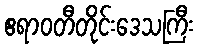
ဧရာဝတီတိုင်းဒေသကြီး